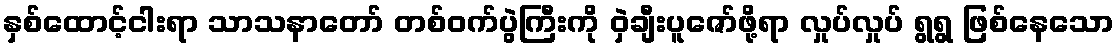
နှစ်ထောင့်ငါးရာ သာသနာတော် တစ်ဝက်ပွဲကြီးကို ဝှဲချီးပူဇော်ဖို့ရာ လှုပ်လှုပ် ရွရွ ဖြစ်နေသော